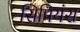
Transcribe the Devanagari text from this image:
सिपियंस